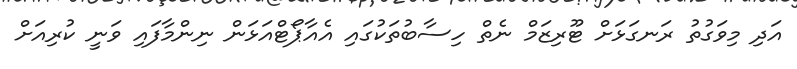
އަދި މިވަގުތު ރަނގަޅަށް ޓޫރިޒަމް ނެތް ހިސާބުތަކުގައި އެއާޕޯޓްއަޅަން ނިންމާފައި ވަނީ ކުރިއަށް